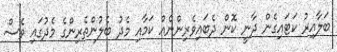
ބަލާއިރު ކަޓައިގެން ދާނީ ކޮން ދެބައިވެރިންނެއް ކަމާއި މެދު ބެލުންތެރިންގެ މެދުގައި ވެސް